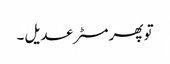
تو پھر مسٹر عدیل ۔